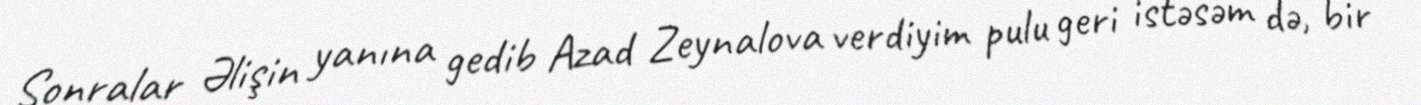
Sonralar Əlişin yanına gedib Azad Zeynalova verdiyim pulu geri istəsəm də, bir